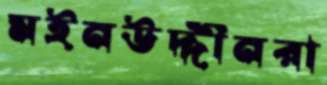
মইনউদ্দীনরা